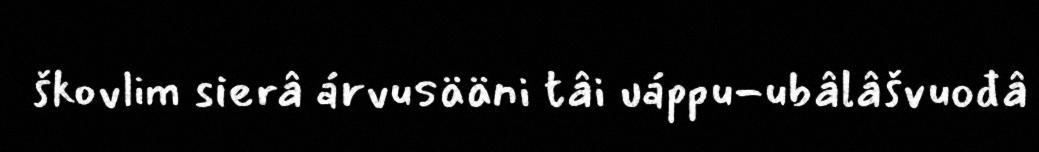
škovlim sierâ árvusääni tâi uáppu-ubâlâšvuođâ